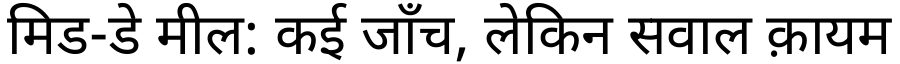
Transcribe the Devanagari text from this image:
मिड-डे मील: कई जाँच, लेकिन सवाल क़ायम